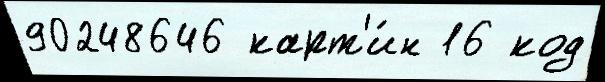
90248646 карт'и́н 16 код